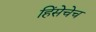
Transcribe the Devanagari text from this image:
हिंसेचेच